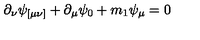
\partial _ { \nu } \psi _ { [ \mu \nu ] } + \partial _ { \mu } \psi _ { 0 } + m _ { 1 } \psi _ { \mu } = 0